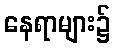
နေရာများ၌